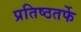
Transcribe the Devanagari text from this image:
प्रतिष्ठतर्फे